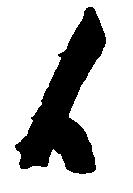
候